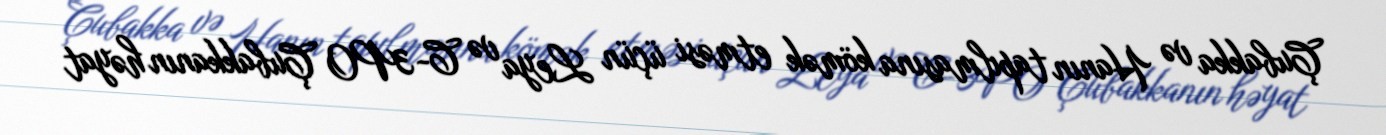
Çubakka və Hanın tapılmasına kömək etməsi üçün Leya və C-3PO Çubakkanın həyat